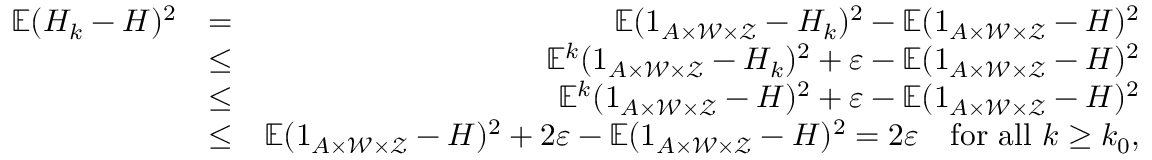
\begin{array} { r l r } { \mathbb { E } ( H _ { k } - H ) ^ { 2 } } & { = } & { \mathbb { E } ( 1 _ { A \times \mathcal { W } \times \mathcal { Z } } - H _ { k } ) ^ { 2 } - \mathbb { E } ( 1 _ { A \times \mathcal { W } \times \mathcal { Z } } - H ) ^ { 2 } } \\ & { \le } & { \mathbb { E } ^ { k } ( 1 _ { A \times \mathcal { W } \times \mathcal { Z } } - H _ { k } ) ^ { 2 } + \varepsilon - \mathbb { E } ( 1 _ { A \times \mathcal { W } \times \mathcal { Z } } - H ) ^ { 2 } } \\ & { \le } & { \mathbb { E } ^ { k } ( 1 _ { A \times \mathcal { W } \times \mathcal { Z } } - H ) ^ { 2 } + \varepsilon - \mathbb { E } ( 1 _ { A \times \mathcal { W } \times \mathcal { Z } } - H ) ^ { 2 } } \\ & { \le } & { \mathbb { E } ( 1 _ { A \times \mathcal { W } \times \mathcal { Z } } - H ) ^ { 2 } + 2 \varepsilon - \mathbb { E } ( 1 _ { A \times \mathcal { W } \times \mathcal { Z } } - H ) ^ { 2 } = 2 \varepsilon \quad \mathrm { f o r ~ a l l ~ } k \ge k _ { 0 } , } \end{array}